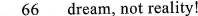
\underline{ 66 } dream, not reality!